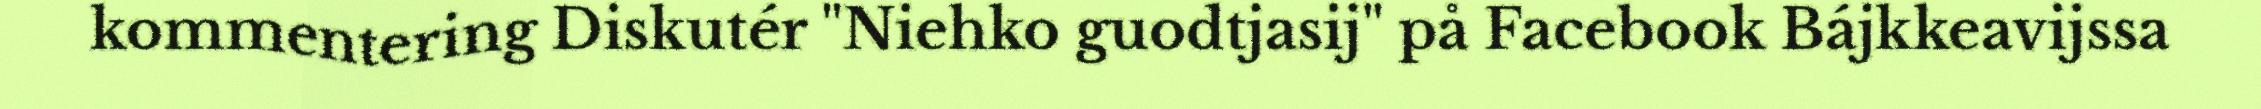
kommentering Diskutér "Niehko guodtjasij" på Facebook Bájkkeavijssa